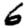
Digit: 6